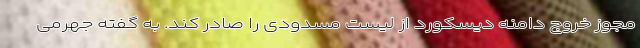
مجوز خروج دامنه دیسکورد از لیست مسدودی را صادر کند. به گفته جهرمی